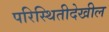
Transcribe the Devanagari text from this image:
परिस्थितीदेखील